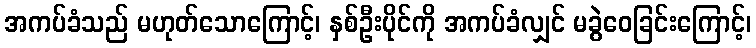
အကပ်ခံသည် မဟုတ်သောကြောင့်၊ နှစ်ဦးပိုင်ကို အကပ်ခံလျှင် မခွဲဝေခြင်းကြောင့်၊